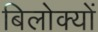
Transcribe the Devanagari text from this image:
बिलोक्यों